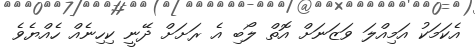
އެކަމަކު އަމިއްލަ ވަޒަނަށް އޮތް ލޯބި އެ ރަށަށް ދޭނީ ކިހިނެއް ހެއްޔެވެ